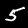
Digit: 5